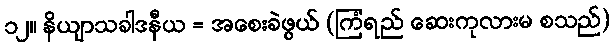
၁၂။ နိယျာသခါဒနီယ = အစေးခဲဖွယ် (ကြံရည် ဆေးကုလားမ စသည်)